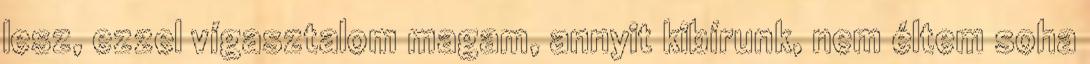
lesz, ezzel vígasztalom magam, annyit kibírunk, nem éltem soha